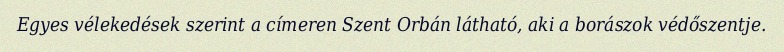
Egyes vélekedések szerint a címeren Szent Orbán látható, aki a borászok védőszentje.